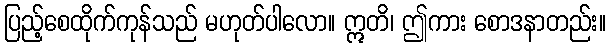
ပြည့်စေထိုက်ကုန်သည် မဟုတ်ပါလော။ ဣတိ၊ ဤကား စောဒနာတည်း။